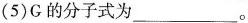
(5)G的分子式为___。